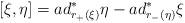
LaTeX: \begin{align*}[ \xi , \eta ] = ad_{r_{+}(\xi)}^{\ast} \eta -ad_{r_{-}(\eta)}^{\ast} \xi\end{align*}